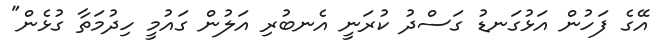
އޭގެ ފަހުން އަޅުގަނޑު ގަސްދު ކުރަނީ އެނބުރި އަލުން ގައުމީ ހިދުމަތާ ގުޅެން"